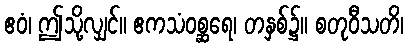
ဧဝံ၊ ဤသို့လျှင်။ ဧကသံဝစ္ဆရေ၊ တနှစ်၌။ စတုဝီသတိ၊